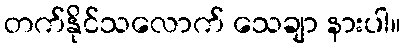
တက်နိုင်သလောက် သေချာ နားပါ။